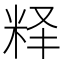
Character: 𬖘